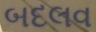
બદલવ